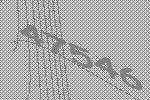
47546